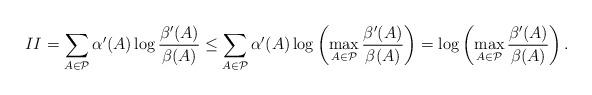
LaTeX: \begin{align*}II=\sum_{A\in\mathcal{P}}\alpha'(A)\log\frac{\beta'(A)}{\beta(A)}\le\sum_{A\in\mathcal{P}}\alpha'(A)\log\left(\max_{A\in\mathcal{P}}\frac{\beta'(A)}{\beta(A)}\right)=\log\left(\max_{A\in\mathcal{P}}\frac{\beta'(A)}{\beta(A)}\right).\end{align*}